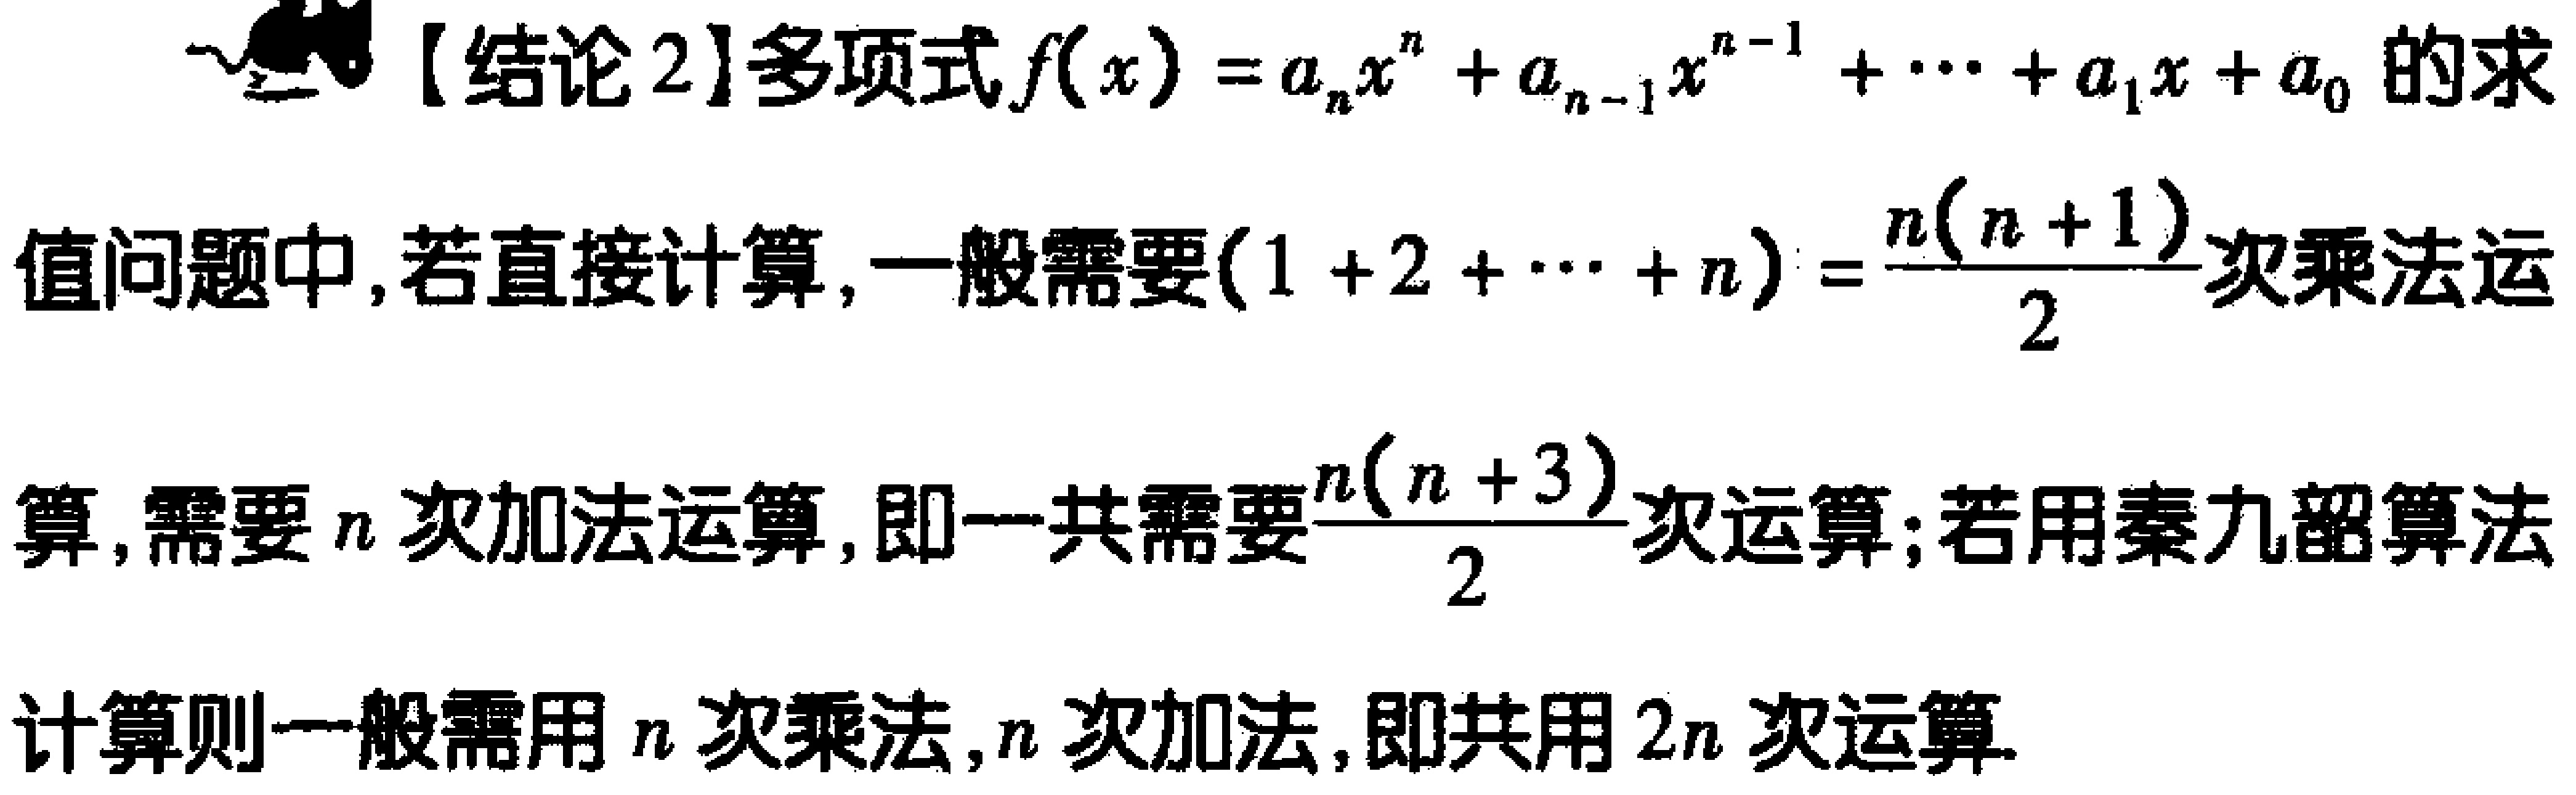
【结论2】多项式\(f(x)=a_{n}x^{n}+a_{n - 1}x^{n - 1}+\cdots +a_{1}x + a_{0}\)的求值问题中，若直接计算，一般需要\((1 + 2+\cdots + n)=\frac{n(n + 1)}{2}\)次乘法运算，需要\(n\)次加法运算，即一共需要\(\frac{n(n + 3)}{2}\)次运算；若用秦九韶算法计算则一般需用\(n\)次乘法，\(n\)次加法，即共用\(2n\)次运算.